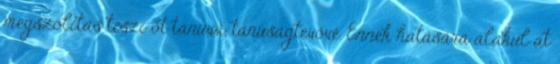
megszólítás teszi őt tanúvá, tanúságtevővé. Ennek hatására alakul át